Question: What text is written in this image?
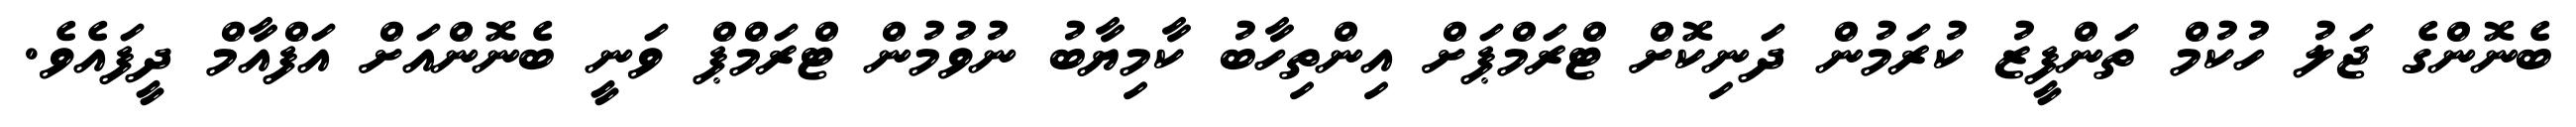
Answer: ބެނޮންގެ ޖަލު ހުކުމް ތަންފީޒު ކުރަމުން ދަނިކޮށް ޓްރަމްޕަށް އިންތިހާބު ކާމިޔާބު ނުވުމުން ޓްރަމްޕް ވަނީ ބެނޮންއަށް އަފްއާމް ދީފައެވެ.